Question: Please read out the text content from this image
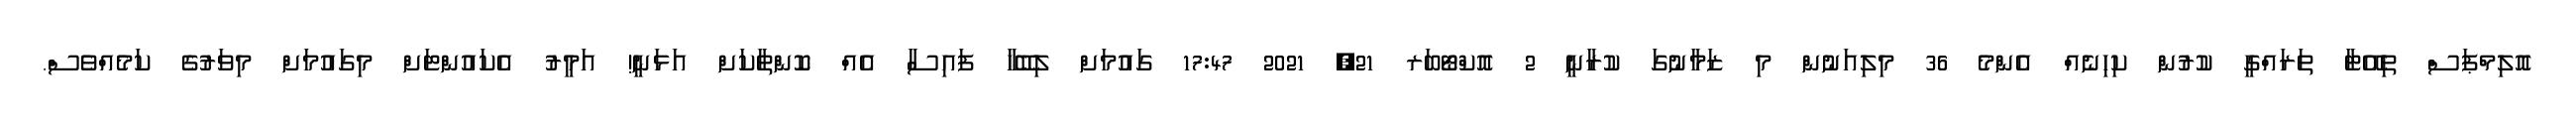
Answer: އޮލިމްޕަސް ތިއޭޓާ ތަރައްގީ ކުރުން ކިހިނެއް އެންމެ 36 މިލިއަނުން މި ޒަމާނުގަ ކުރާނީ 2 އޮކްޓޯބަރ 21, 2021 17:47 ގައުމަށް ލިބޭހާ ފައިސާ އެއް ކޮންތާކަށް އަޅަނީ! އަމީރު އެކައުންޓަށް މިގައުމަށް މިވަރުގެ ކަމެއްވެސް.